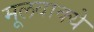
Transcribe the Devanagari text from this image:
मूलवाक्ये